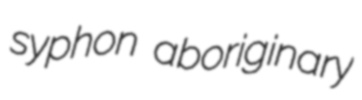
syphon aboriginary